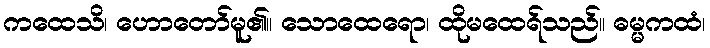
ကထေသိ၊ ဟောတော်မူ၏။ သောထေရော၊ ထိုမထေရ်သည်။ ဓမ္မကထံ၊